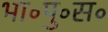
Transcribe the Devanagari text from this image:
भा॰पु॰स॰